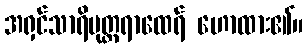
အရှင်သာရိပုတ္တရာထေရ် ဟောထား၏။